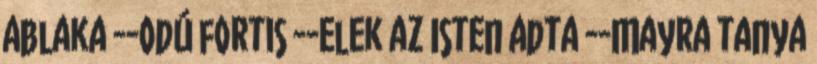
ablaka --odú fortis --Elek az Isten adta --Mayra tanya